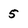
Character: 5